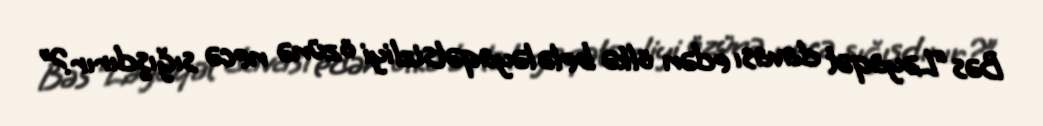
Bəs “Ləyaqət davası edən ölkə belə ləyaqətsizliyi özünə necə sığışdırır?”